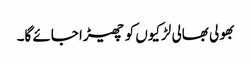
بھولی بھالی لڑکیوں کو چھیڑا جائے گا۔